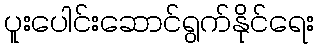
ပူးပေါင်းဆောင်ရွက်နိုင်ရေး